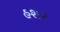
હશર